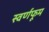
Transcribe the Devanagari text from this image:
स्वर्णफूम